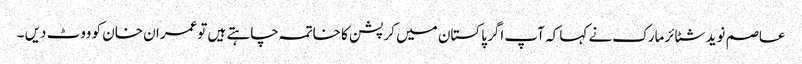
عاصم نوید شٹائرمارک نے کہا کہ آپ اگر پاکستان میں کرپشن کا خاتمہ چاہتے ہیں توعمران خان کو ووٹ دیں ۔